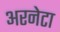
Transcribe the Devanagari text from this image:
अरनेटा